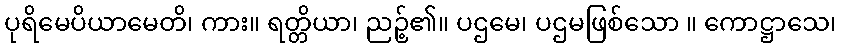
ပုရိမေပိယာမေတိ၊ ကား။ ရတ္တိယာ၊ ညဉ့်၏။ ပဌမေ၊ ပဌမဖြစ်သော ။ ကောဋ္ဌာသေ၊